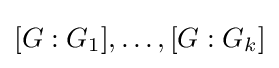
[G:G_{1}],\ldots ,[G:G_{k}]